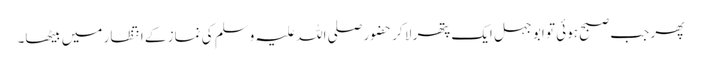
پھر جب صبح ہوئی تو ابو جہل ایک پتھر لا کر حضور صلی اللہ علیہ وسلم کی نماز کے انتظار میں بیٹھا۔